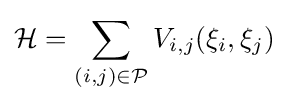
{\mathcal {H}}=\sum _{(i,j)\in {\mathcal {P}}}V_{i,j}(\xi _{i},\xi _{j})